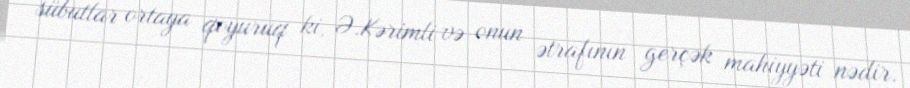
sübutlar ortaya qoyuruq ki, Ə.Kərimli və onun ətrafının gerçək mahiyyəti nədir.